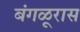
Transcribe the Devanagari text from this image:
बंगळूरास